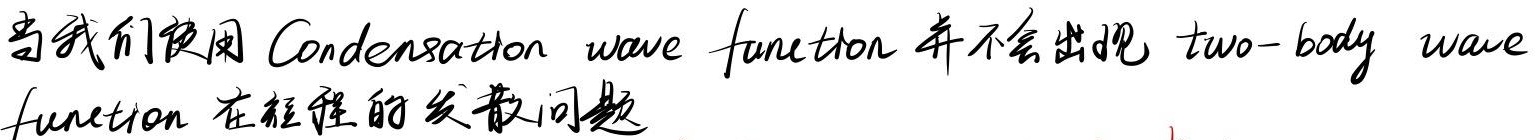
当我们使用Condensation wave function并不会出现two - body wave function在短程的发散问题